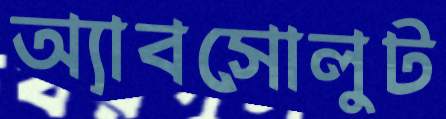
অ্যাবসোলুট